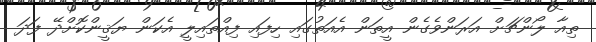
ތިއާ ލޯންޗަށް އަރަންވެގެން އީތަން އެއަތުގައި ހިފައި ފިއްތައިލީ އެކަން ޔަޤީންކޮށްދޭ ފަދަ